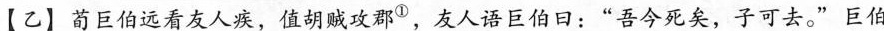
【乙】荀巨伯远看友人疾，值胡贼攻郡^{①}，友人语巨伯日：”吾今死矣，子可\underset{·}{去}。”巨伯